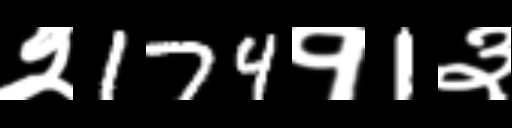
Text: २174१1३